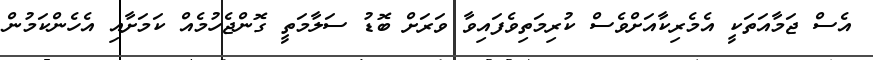
އެސް ޖަމާއަތަކީ އެމެރިކާއަށްވެސް ކުރިމަތިވެފައިވާ ވަރަށް ބޮޑު ސަލާމަތީ ގޮންޖެހުމެއް ކަމަށާއި އެހެންކަމުން